Document type: Emphyteutic lease
Year: 1283
Scribe: Pere Marquès
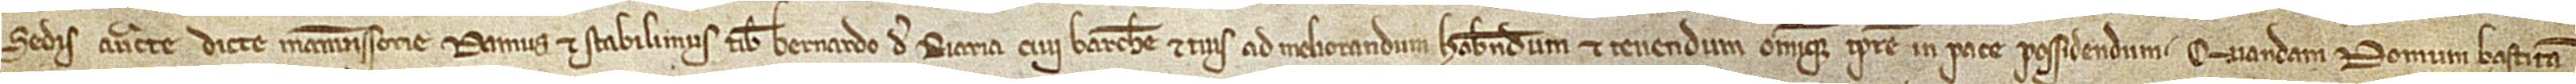
Sedis, auctoritate dicte manumissorie damus et stabilimus tibi Bernardo de Riaria, civi Barchinone, et tuis ad  meliorandum, habendum et tenendum omnique tempore in pace possidendum quandam domum bastitam,